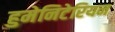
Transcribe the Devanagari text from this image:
हुमेनिटेरियन